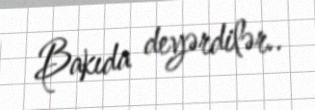
Bakıda deyərdilər..